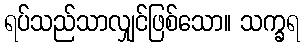
ရပ်သည်သာလျှင်ဖြစ်သော။ သက္ခရ